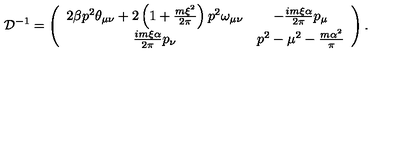
{ \cal D } ^ { - 1 } = \left( \begin{array} { c c } { 2 \beta p ^ { 2 } \theta _ { \mu \nu } + 2 \left( 1 + \frac { m \xi ^ { 2 } } { 2 \pi } \right) p ^ { 2 } \omega _ { \mu \nu } } & { - \frac { i m \xi \alpha } { 2 \pi } p _ { \mu } } \\ { \frac { i m \xi \alpha } { 2 \pi } p _ { \nu } } & { p ^ { 2 } - \mu ^ { 2 } - \frac { m \alpha ^ { 2 } } { \pi } } \\ \end{array} \right) .